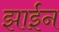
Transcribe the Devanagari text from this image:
झाईन